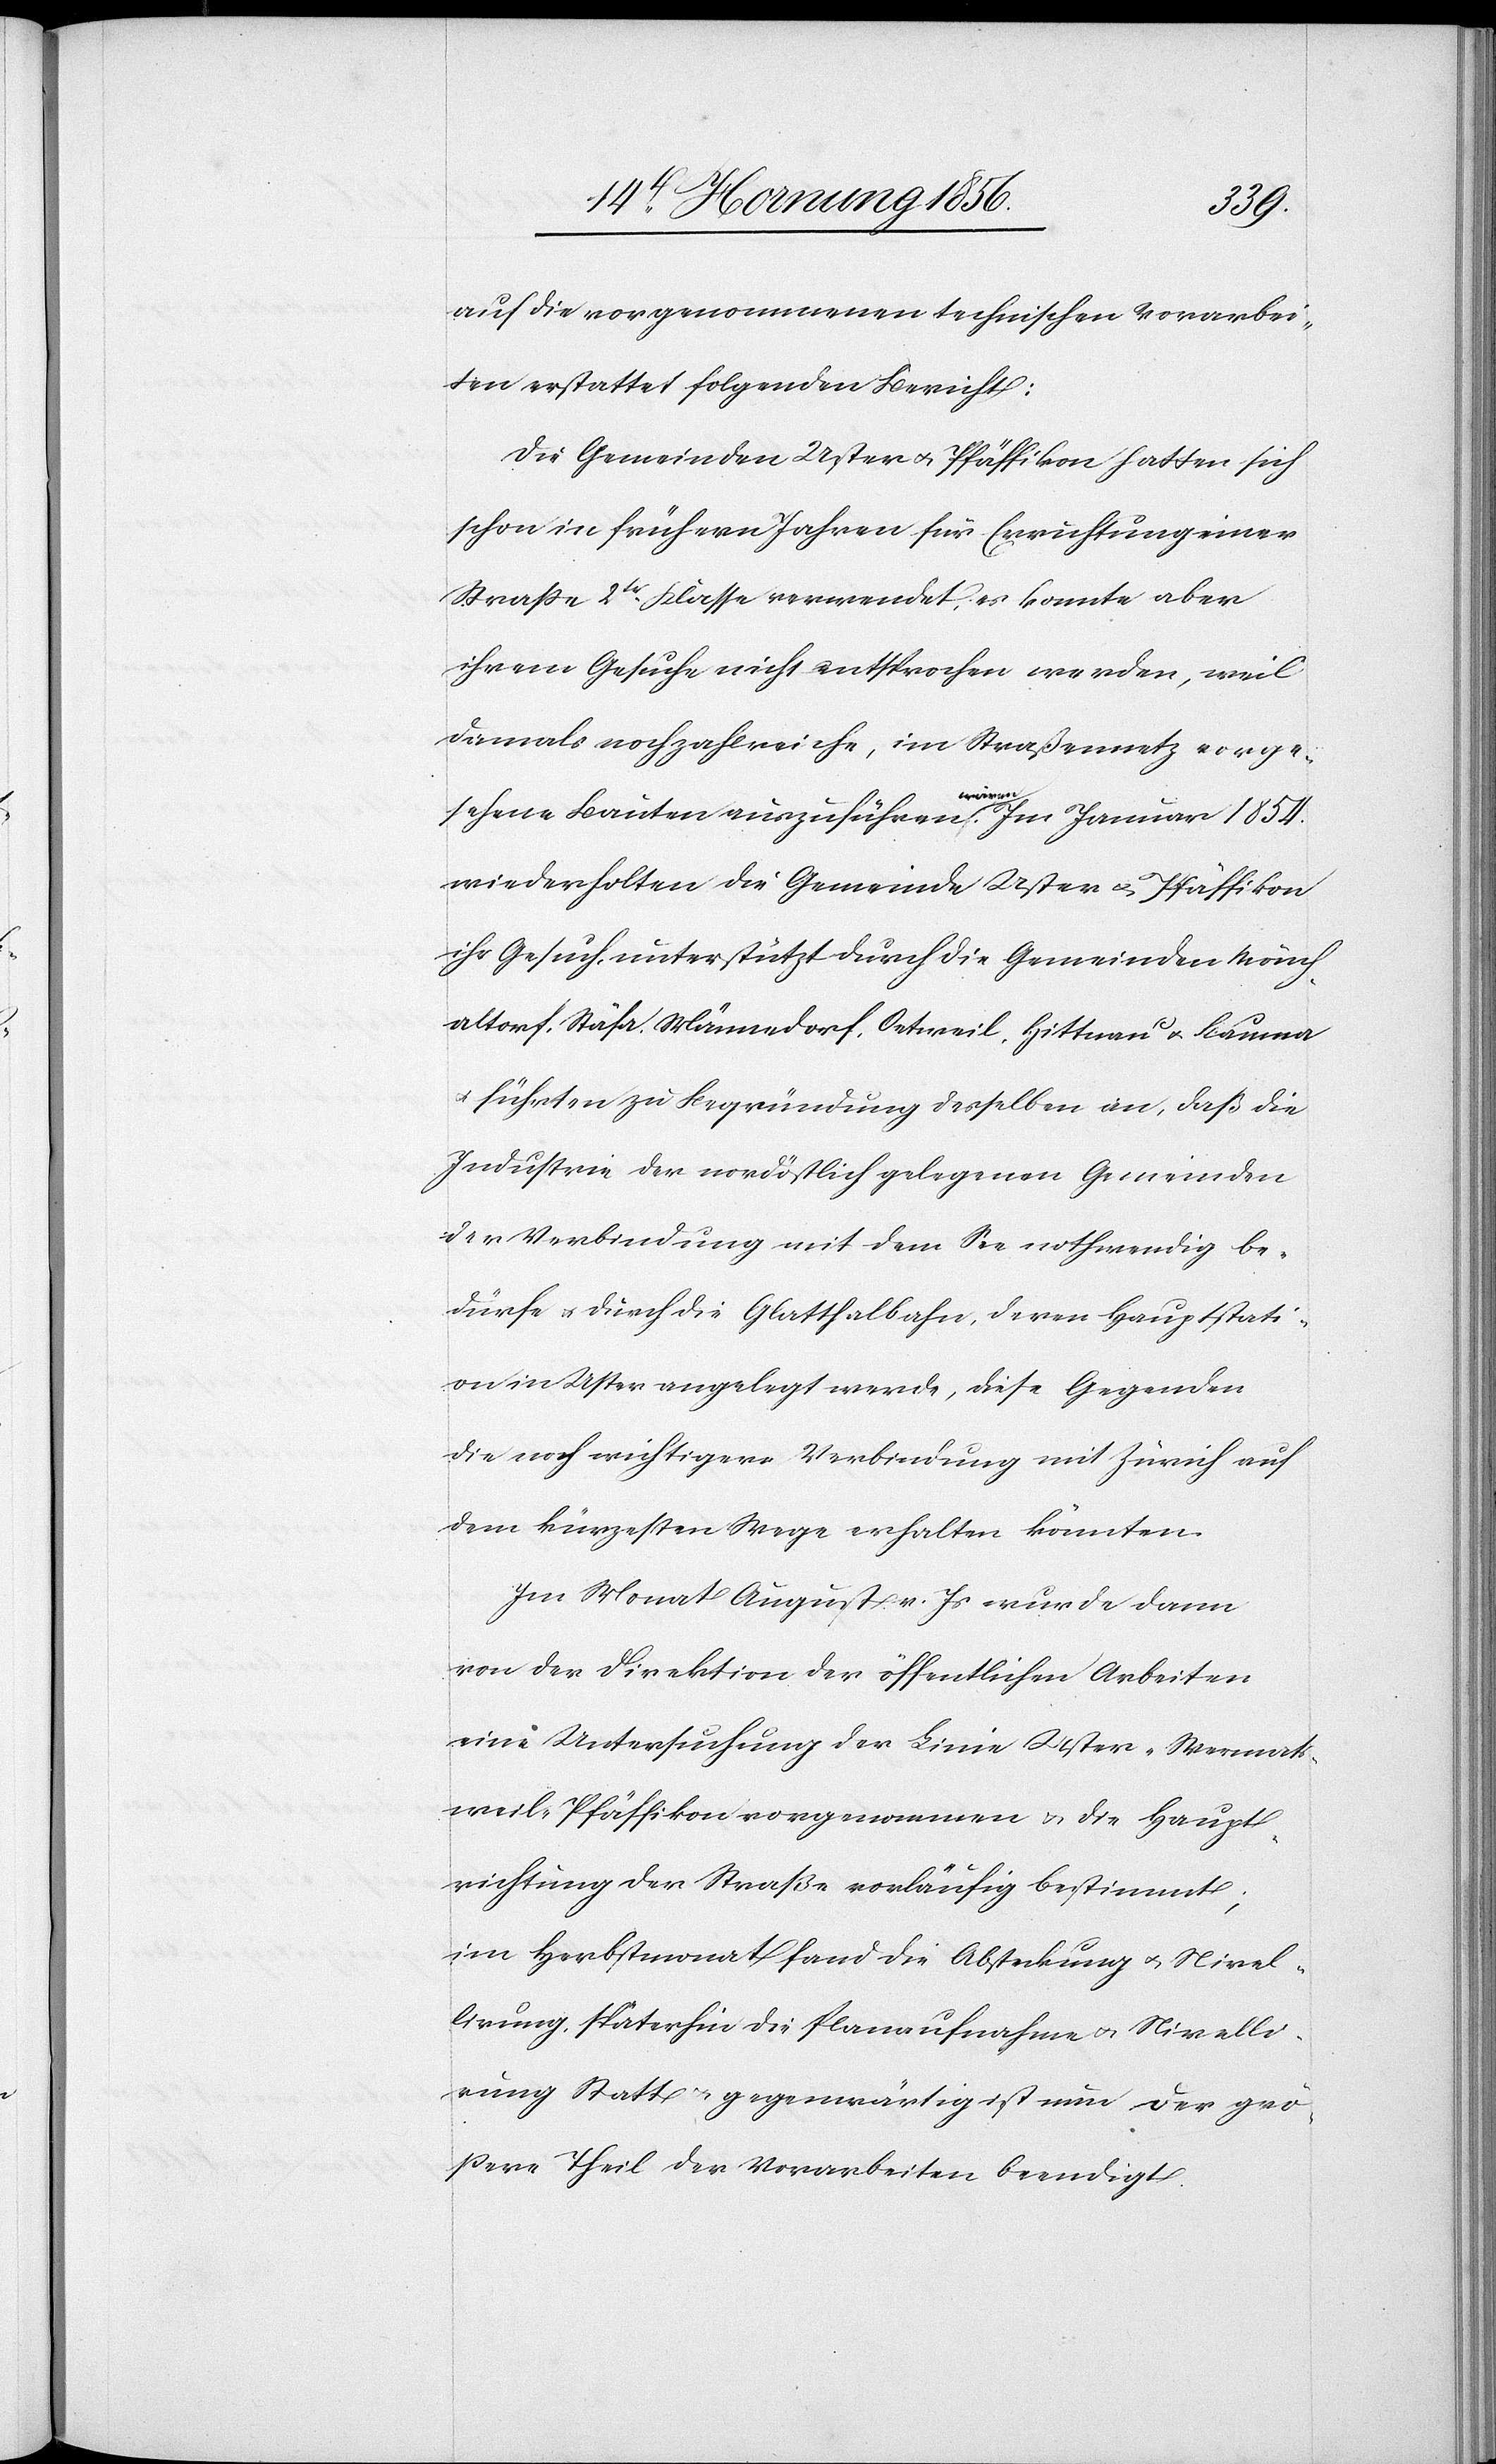
auf die vorgenommenen technischen Vorarbei¬
ten erstattet folgenden Bericht:
Die Gemeinden Uster u. Pfäffikon hatten sich
schon in frühern Jahren für Errichtung einer
Straße 2tr Klasse verwendet, es konnte aber
ihrem Gesuche nicht entsprochen werden, weil
damals noch zahlreiche, im Straßennetz vorge¬
sehene Bauten auszuführen a-waren-a. Im Januar 1854.
wiederholten die Gemeinde Uster u. Pfäffikon
ihr Gesuch, unterstützt durch die Gemeinden Mönch¬
altorf, Stäfa, Männedorf, Oetweil, Hittnau u. Bauma
u. führten zu Begründung desselben an, daß die
Industrie der nordöstlich gelegenen Gemeinden
der Verbindung mit dem See nothwendig be¬
dürfe u. durch die Glatthalbahn, deren Hauptstati¬
on in Uster angelegt werde, diese Gegenden
die noch wichtigere Verbindung mit Zürich auf
dem kürzesten Wege erhalten könnten.
Im Monat August v. Js wurde dann
von der Direktion der öffentlichen Arbeiten
eine Untersuchung der Linie Uster-Wermats¬
weil-Pfäffikon vorgenommen u. die Haupt¬
richtung der Straße vorläufig bestimmt;
im Herbstmonat fand die Absteckung u. Nivel¬
lirung, späterhin die Planaufnahme u. Nivelli¬
rung Statt u. gegenwärtig ist nun der grö¬
ßere Theil der Vorarbeiten beendigt.